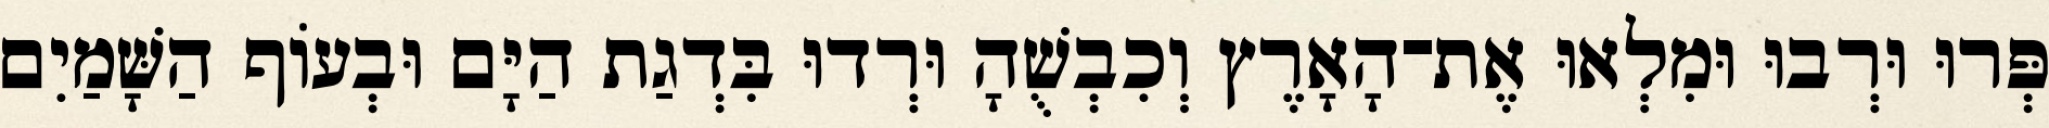
פְּרוּ וּרְבוּ וּמִלְאוּ אֶת־הָאָרֶץ וְכִבְשֻׁהָ וּרְדוּ בִּדְגַת הַיָּם וּבְעֹוף הַשָּׁמַיִם